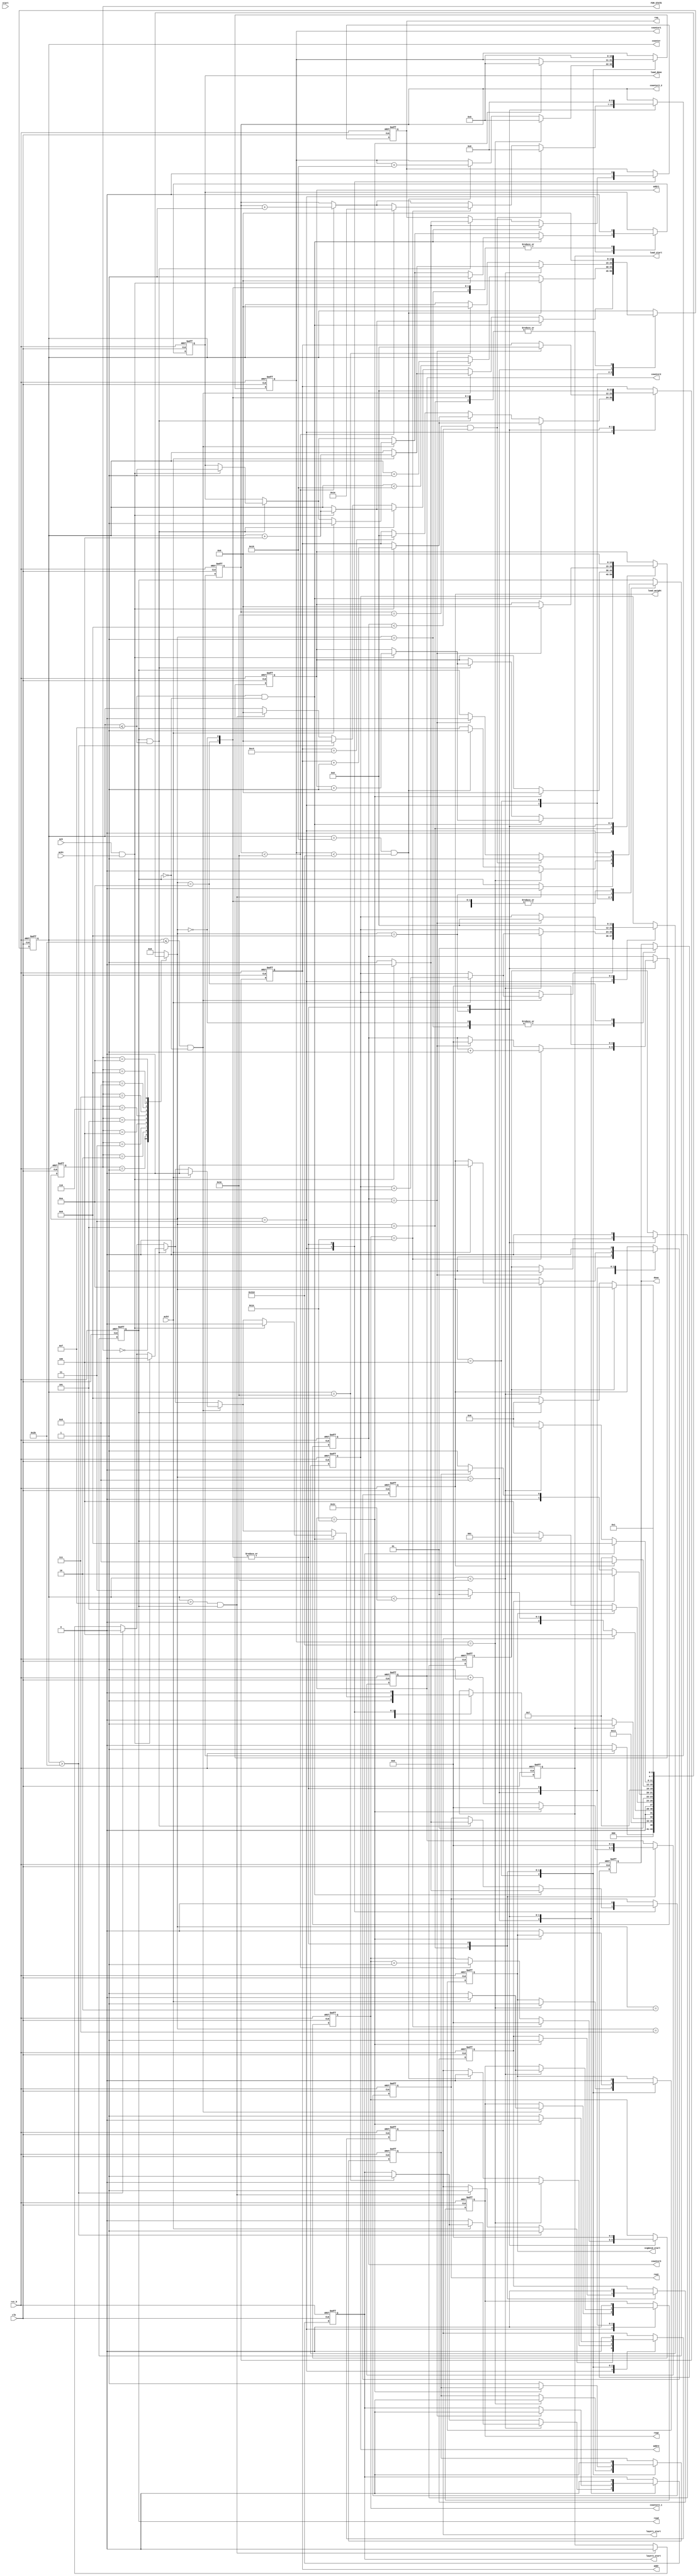
`timescale 1ns/10ps
module FSM (
    input ack,
	input ack1,
	input ack2,
	output req,
	output req1,
	output req2,
	input clk,
	input rst_b,
	input start,
	output [14:0] counter,
	output load_done,
	output done,
	output layer1_start,
	output layer2_start,
	output load_start,
	output load_weight,
	output [3:0] FSM_STATE,
	output [11:0]addr,
	output [14:0]addr1,
	output [11:0]addr2,
	output [10:0] counter1,
	output [4:0] counter2,
	output [4:0] counter3,
	output [6:0] counter2_2,
	output [4:0] counter2_1, 
	output sigmoid_start,
	output read
);

reg	[3:0] next_state, current_state;
reg req_reg,req1_reg,req2_reg,sigmoid_start_reg,sigmoid_done_reg,next;
reg [11:0] current_addr,current_addr2;
reg [14:0] current_addr1;
reg load_done_reg,load_start_reg,done_reg,layer1_start_reg,layer2_start_reg,done_start,layer1_done_reg,layer2_done_reg,read_reg,load_wgh_done_reg,load_weight_reg;
reg [10:0] counter1_reg;
reg [4:0] counter3_reg,counter2_reg,counter2_1_reg;
reg [6:0] counter2_2_reg;
reg [14:0] counter_reg;
reg [1:0] i;

localparam 
	IDLE = 4'b0000,
	READ = 4'b0001,
	WAIT = 4'b0010,
	LOAD = 4'b0011,
	LAYER1 = 4'b0100,
	SIGMOID = 4'b0101,
	WGH_READ = 4'b0110,
	WGH_WAIT = 4'b0111,
	WGH_LOAD = 4'b1000,
	LAYER2 = 4'b1001,
	DONE = 4'b1010;
	assign read = read_reg;
	assign counter = counter_reg;
	assign addr = current_addr; 
	assign addr1 = current_addr1; 
	assign addr2 = current_addr2; 
	assign req = req_reg;
	assign req1 = req1_reg;
	assign req2 = req2_reg;
	assign FSM_STATE = current_state;
	assign load_start = load_start_reg;
	assign load_weight = load_weight_reg;
	assign load_done = load_done_reg;
	assign done = done_reg;
	assign layer1_start = layer1_start_reg;
	assign layer2_start = layer2_start_reg;
	assign counter1 = counter1_reg;
	assign counter2 = counter2_reg;
	assign counter3 = counter3_reg;
	assign counter2_2 = counter2_2_reg;
	assign counter2_1 = counter2_1_reg;
	assign sigmoid_start = sigmoid_start_reg;

	always @ (posedge clk or negedge rst_b)begin
		if(~rst_b)begin
			current_state <= IDLE;
		end
		else begin
			current_state <= next_state;
		end
	end
    always @ (*) begin
		case(current_state)
			IDLE:begin
				if(rst_b)begin
					next_state <= READ;
				end
				else begin
					next_state <= IDLE;
				end
			end
           	READ:begin
				
				next_state <= WAIT;
			end
			WAIT:begin
				if(load_start)begin
					next_state <= LOAD;
				end
				else begin
                    next_state <= WAIT;
                end
			end
            LOAD:begin
				if(layer1_start_reg)begin
                    next_state <= LAYER1;
                end				
				else if(counter_reg < 44)begin
					next_state <= READ;
				end                
				
                else begin
                    next_state <= LOAD;
                end
            end
			LAYER1:begin
				if(sigmoid_start)begin
					next_state <= SIGMOID;
				end
				else if(read_reg) begin
					next_state <= READ;
				end
				else begin
					next_state <= LAYER1;
				end
			end
			SIGMOID:begin
				if(layer1_done_reg)begin
					next_state <= WGH_READ;
				end
				else if(sigmoid_done_reg)begin
					next_state <= LAYER1;
				end
				else begin
					next_state<= SIGMOID;
				end
			end
			WGH_READ:begin
				next_state <= WGH_WAIT;
			end
			WGH_WAIT:begin
				if(load_weight_reg)begin
					next_state <= WGH_LOAD;
				end
				else begin
                    next_state <= WGH_WAIT;
                end
			end
            WGH_LOAD:begin
				if(layer2_start_reg)begin
                    next_state <= LAYER2;
                end				
				else if(counter_reg < 60)begin
					next_state <= WGH_READ;
				end                
				
                else begin
                    next_state <= WGH_LOAD;
                end
            end
			LAYER2:begin
				if(done_start)begin
					next_state <= DONE;
				end
				else if(read_reg)begin
					next_state <= WGH_READ;
				end
				else begin
					next_state <= LAYER2;
				end
			end
			DONE:begin
                    next_state <= READ;
            end
            default:begin
				next_state <= IDLE;
			end
        endcase
    end
	always @ (posedge clk or negedge rst_b) begin
		if(~rst_b)begin
			done_reg <= 1'b0;
			done_start <= 1'b0;
			load_start_reg <=1'b0;
			load_done_reg <= 1'b0;
			current_addr <= 1'b0;
			req_reg <= 0;
			current_addr1 <= 1'b0;
			req2_reg <= 0;
			current_addr2 <= 1'b0;
			load_weight_reg <= 0;
			req1_reg <= 0;
			counter_reg <= 0;
			counter1_reg <= 0;
			counter2_reg <= 0;
			counter3_reg <= 0;
			counter2_2_reg <= 0;
			counter2_1_reg <= 0;
			layer1_start_reg <= 0;
			layer1_done_reg <=0;
			layer2_start_reg <= 0;
			layer2_done_reg <=0;
			sigmoid_done_reg <= 0;
			sigmoid_start_reg <= 0;
			load_wgh_done_reg <= 0;
			i <= 0;
			next <= 0;
			read_reg <= 0;
		end
		else begin
            case(next_state)
				IDLE:begin
                    done_reg <= 1'b0;
					done_start <= 1'b0;
					load_start_reg <= 1'b0;
					load_done_reg <= 1'b0;
					load_wgh_done_reg <= 0;
					current_addr <= 1'b0;
					req_reg <= 0;
					current_addr1 <= 1'b0;
					load_weight_reg <= 0;
					req1_reg <= 0;
					req2_reg <= 0;
					current_addr2 <= 1'b0;
					counter_reg <= 0;
					counter1_reg <= 0;
					counter2_reg <= 0;
					counter3_reg <= 0;
					counter2_2_reg <= 0;
					counter2_1_reg <= 0;
					layer1_start_reg <= 0;
					layer1_done_reg <=0;
					layer2_start_reg <= 0;
					layer2_done_reg <=0;
					sigmoid_start_reg <= 0;
					sigmoid_done_reg <= 0;
					i <=0;
					next <= 0;
					read_reg <= 0;
				end
				READ:begin
					load_done_reg <= 0;
					done_reg <= 0;
				end
				WAIT:begin
					//#10
					load_start_reg <= 1'b1;

				end
						
				LOAD:begin
				if(current_addr ==  196)begin
					current_addr <= 0;
				end
				if(counter_reg > 15 && read_reg)begin
					layer1_start_reg <= 1'b1;
					load_start_reg <= 1'b0;
					counter_reg <= 0;
					read_reg <= 0;
				end
				if(counter_reg > 43)begin
					layer1_start_reg <= 1'b1;
					load_start_reg <= 1'b0;
					counter_reg <= 0;
				end
				if(read & counter_reg<=15) begin
					if(ack && ack1)begin
                        req_reg <= 0;
						req1_reg <= 0;
						load_done_reg <= 1;
						current_addr <= current_addr+1;
						current_addr1 <= current_addr1+1;
						counter_reg <= counter_reg + 4;
						load_start_reg <= 0;
                    end 
                    else begin
                        req_reg <= 1;
                        current_addr <= current_addr;
                        req1_reg <= 1;
                        current_addr1 <= current_addr1;
						counter_reg <= counter_reg;
                    end
				end
				if(counter_reg<=43 & ~read_reg)begin                  
					if(ack2)begin
						req2_reg <= 0;
						load_done_reg <= 1;
						current_addr2 <= current_addr2+1;
						counter_reg <= counter_reg + 4;
						load_start_reg <= 0;
                    end 
                    else begin
						req2_reg <= 1;
                        current_addr2 <= current_addr2;
						counter_reg <= counter_reg;
                    end	
				end
				if(counter_reg<=15 & ~read)begin		
					if(ack && ack1)begin
                        req_reg <= 0;
						req1_reg <= 0;
						load_done_reg <= 1;
						current_addr <= current_addr+1;
						current_addr1 <= current_addr1+1;
						counter_reg <= counter_reg + 4;
						load_start_reg <= 0;
                    end 
                    else begin
                        req_reg <= 1;
                        current_addr <= current_addr;
                        req1_reg <= 1;
                        current_addr1 <= current_addr1;
						counter_reg <= counter_reg;
                    end
				end
				end
				LAYER1:begin
					
					if(counter_reg < 16 )begin
						counter_reg <= counter_reg + 1'b1;
						
					end
					if(counter_reg == 16 && counter1_reg < 784)begin
						counter_reg <= 0;
						counter1_reg <= counter1_reg + 16;
						layer1_start_reg <= 0;
						read_reg <= 1;
					end
						
					if(counter1_reg == 784)begin
						sigmoid_start_reg <= 1;
						counter1_reg <= 0;
						layer1_start_reg <= 0;
						sigmoid_done_reg <= 0;
						read_reg <= 0;
					end		
				end
				SIGMOID:begin
					if(counter2_reg == 30)begin
						counter1_reg <= 0;
						counter2_reg <= 0;
						layer1_start_reg <= 0;
						layer1_done_reg <= 1;
						counter_reg <= 0;
						current_addr1 <= 0;
						current_addr1 <= 0;
					end
					else begin
						counter2_reg <= counter2_reg + 1;
						layer1_start_reg <= 1;
						sigmoid_done_reg <= 1;
						sigmoid_start_reg <= 0;
						counter_reg <= 0;
					end
				end
				WGH_READ:begin
					//$display(" addr2 %d",current_addr2);
					load_wgh_done_reg <= 0;
				end
				WGH_WAIT:begin
					load_weight_reg <= 1'b1;
					read_reg <= 0;
				end
				WGH_LOAD:begin
					if(counter_reg==60)begin
						counter_reg <= 0;
						layer2_start_reg <= 1'b1;
					end
					if(counter_reg < 60)begin
						if(ack2)begin
							req2_reg <= 0;
							load_wgh_done_reg <= 1;
							current_addr2 <= current_addr2+1;
							counter_reg <= counter_reg + 4;
							load_weight_reg <= 0;
                   		end 
                    	else begin
							req2_reg <= 1;
                        	current_addr2 <= current_addr2;
							counter_reg <= counter_reg;
							layer2_start_reg <= 1'b0;
                   		end	
					end
				end
						
				LAYER2:begin
					if(counter3_reg == 10)begin
						done_start <= 1'b1;
						counter3_reg <= 0;
						current_addr <= 0;
						current_addr1 <= 0;
						current_addr2 <= 0;
						layer2_start_reg <= 0;
						read_reg <= 0;
					end				
					
					if(counter2_2_reg < 60)begin
						counter2_1_reg <= counter2_1_reg +1;
						counter2_2_reg <= counter2_2_reg +1;
					end
					
					if(counter2_1_reg == 30)begin
						counter2_1_reg <= 0;
						if(counter2_2_reg < 60)begin
							counter2_2_reg <= 30;
						end 
						counter3_reg <= counter3_reg +1;
					end	
					if(counter2_2_reg == 60 && counter3_reg < 9 )begin
						counter2_2_reg <=0;
						read_reg <= 1;
					end
					
				end
				DONE:begin
					done_reg <= 1'b1;
					done_start <= 1'b0;
					load_start_reg <= 1'b0;
					load_done_reg <= 1'b0;
					load_wgh_done_reg <= 0;
					current_addr <= 1'b0;
					req_reg <= 0;
					current_addr1 <= 1'b0;
					load_weight_reg <= 0;
					req1_reg <= 0;
					req2_reg <= 0;
					current_addr2 <= 1'b0;
					counter_reg <= 0;
					counter1_reg <= 0;
					counter2_reg <= 0;
					counter3_reg <= 0;
					counter2_2_reg <= 0;
					counter2_1_reg <= 0;
					layer1_start_reg <= 0;
					layer1_done_reg <=0;
					layer2_start_reg <= 0;
					layer2_done_reg <=0;
					sigmoid_start_reg <= 0;
					sigmoid_done_reg <= 0;
					i <=0;
					next <= 0;
					read_reg <= 0;
				end
			endcase
		end
	end


endmodule